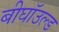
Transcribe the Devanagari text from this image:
बीघॉउल्ड